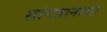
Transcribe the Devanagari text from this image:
सांगतानाचा